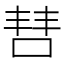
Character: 𫪙